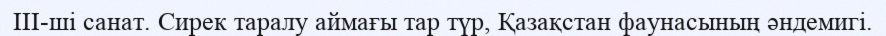
III-ші санат. Сирек таралу аймағы тар түр, Қазақстан фаунасының әндемигі.